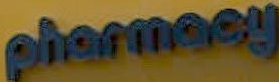
pharmacy